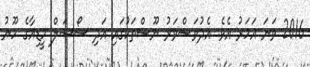
2016 ވަނަ އަހަރު އެވެ. އެދުވަސްވަރު ނޫސްތަކުގައި އަދި ސޯޝަލް މީޑިއާގެ ހޫނު